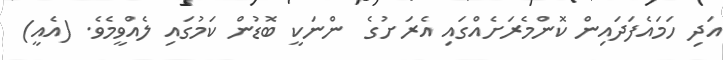
އަދި ހަމައެފަދައިން ކޮންމެރަށެއްގައި އެރަށުގެ  ންނަކީ ބޮޑުން ކަމުގައި ލެއްވީމެވެ. (އެއީ)